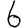
Digit: 6